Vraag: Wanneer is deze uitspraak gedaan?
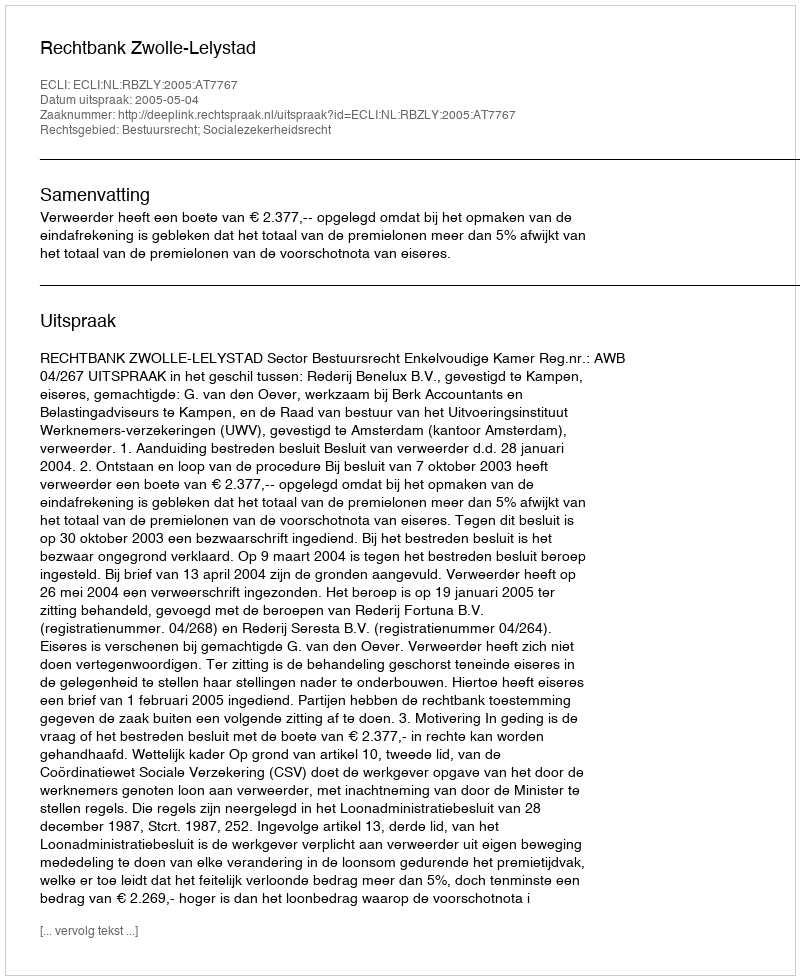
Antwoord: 2005-05-04